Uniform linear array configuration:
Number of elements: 12
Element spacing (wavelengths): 0.5
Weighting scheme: binomial
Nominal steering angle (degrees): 45
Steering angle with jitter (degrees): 44.876
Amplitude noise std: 0.05
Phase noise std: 0.05

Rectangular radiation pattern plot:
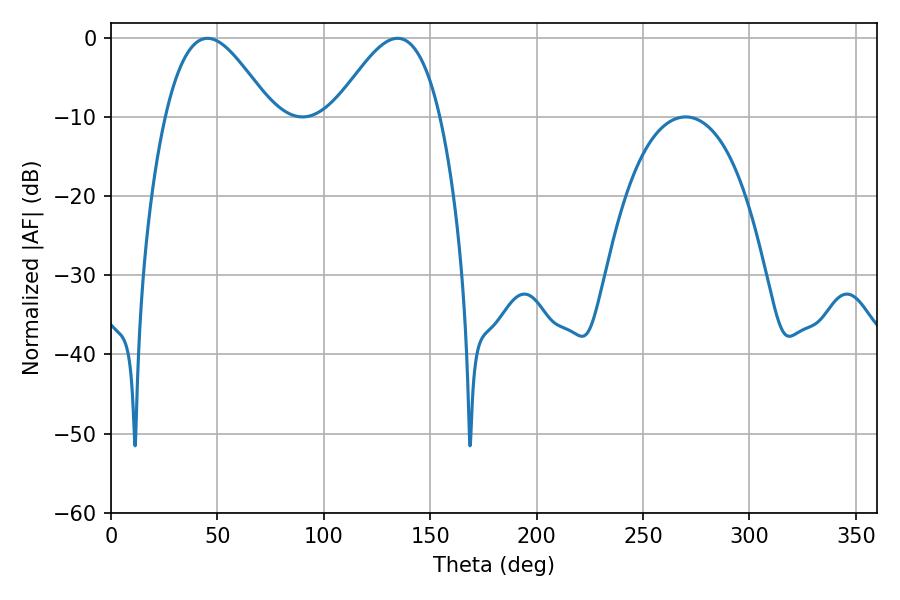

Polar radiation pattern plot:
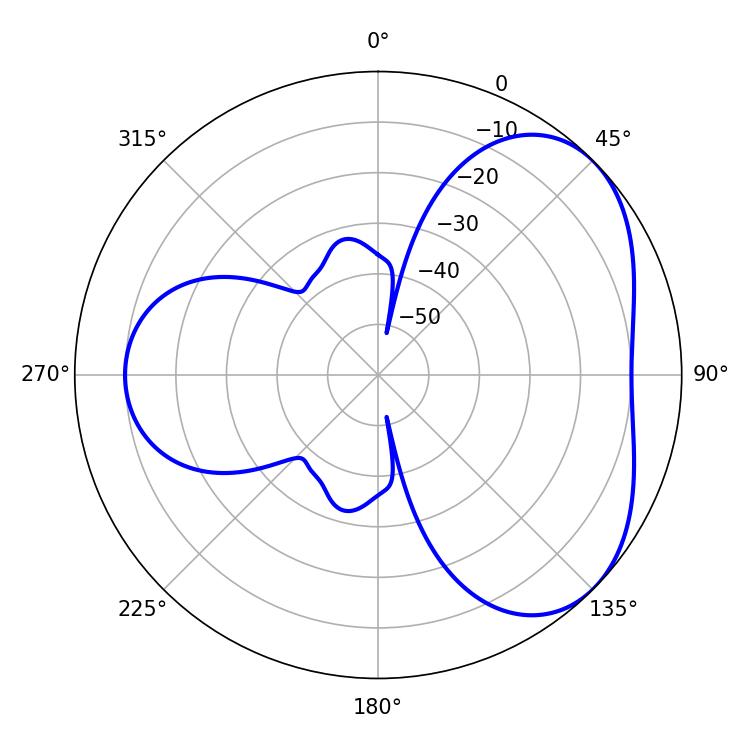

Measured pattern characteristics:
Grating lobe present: FALSE
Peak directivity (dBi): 4.346
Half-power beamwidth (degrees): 26.82
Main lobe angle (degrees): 45.36